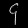
Digit: ၄